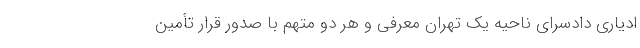
ادیاری دادسرای ناحیه یک تهران معرفی و هر دو متهم با صدور قرار تأمین